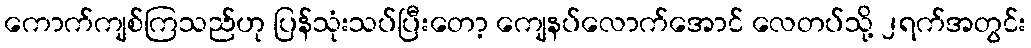
ကောက်ကျစ်ကြသည်ဟု ပြန်သုံးသပ်ပြီးတော့ ကျေနပ်လောက်အောင် လေတပ်သို့ ၂ရက်အတွင်း